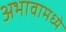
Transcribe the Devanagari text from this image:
अभावामध्ये